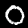
Label: 0